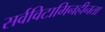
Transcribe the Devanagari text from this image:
सर्वविटामिनहीनता